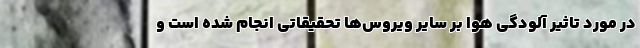
در مورد تاثیر آلودگی هوا بر سایر ویروس‌ها تحقیقاتی انجام شده است و